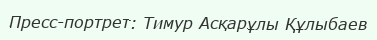
Пресс-портрет: Тимур Асқарұлы Құлыбаев